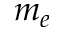
m _ { e }